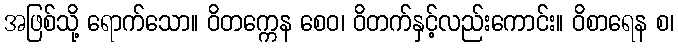
အဖြစ်သို့ ရောက်သော။ ဝိတက္ကေန စေဝ၊ ဝိတက်နှင့်လည်းကောင်း။ ဝိစာရေန စ၊